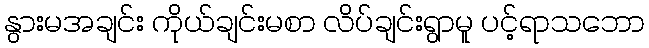
နွားမအချင်း ကိုယ်ချင်းမစာ လိပ်ချင်းရွာမူ ပင့်ရာသဘော